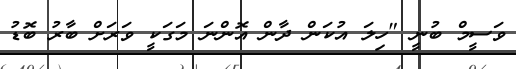
ވަސީމް ބުނީ "ހިލަ އުކަން ދާން އޮންނަ މަގަކީ ވަރަށް ބާރު ބޮޑު